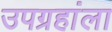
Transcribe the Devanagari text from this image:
उपग्रहांला